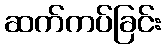
ဆက်ကပ်ခြင်း